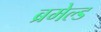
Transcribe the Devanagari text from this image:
ब्रमेल्ड